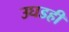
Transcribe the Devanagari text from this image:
उघडही